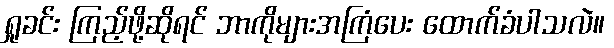
ရှုခင်း ကြည့်ဖို့ဆိုရင် ဘာကိုများအကြံပေး ထောက်ခံပါသလဲ။